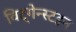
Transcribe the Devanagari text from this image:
विट्गेन्स्टइन